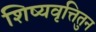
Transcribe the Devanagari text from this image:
शिष्यवृत्तितुन